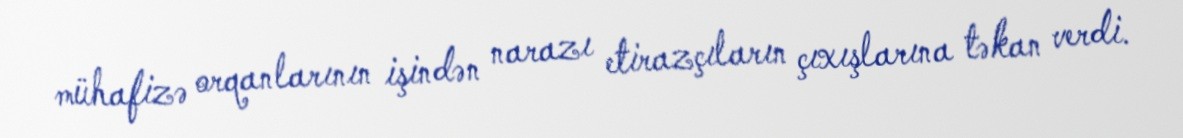
mühafizə orqanlarının işindən narazı etirazçıların çıxışlarına təkan verdi.